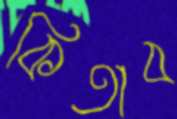
কিতাব